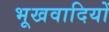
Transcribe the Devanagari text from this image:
भूखवादियों